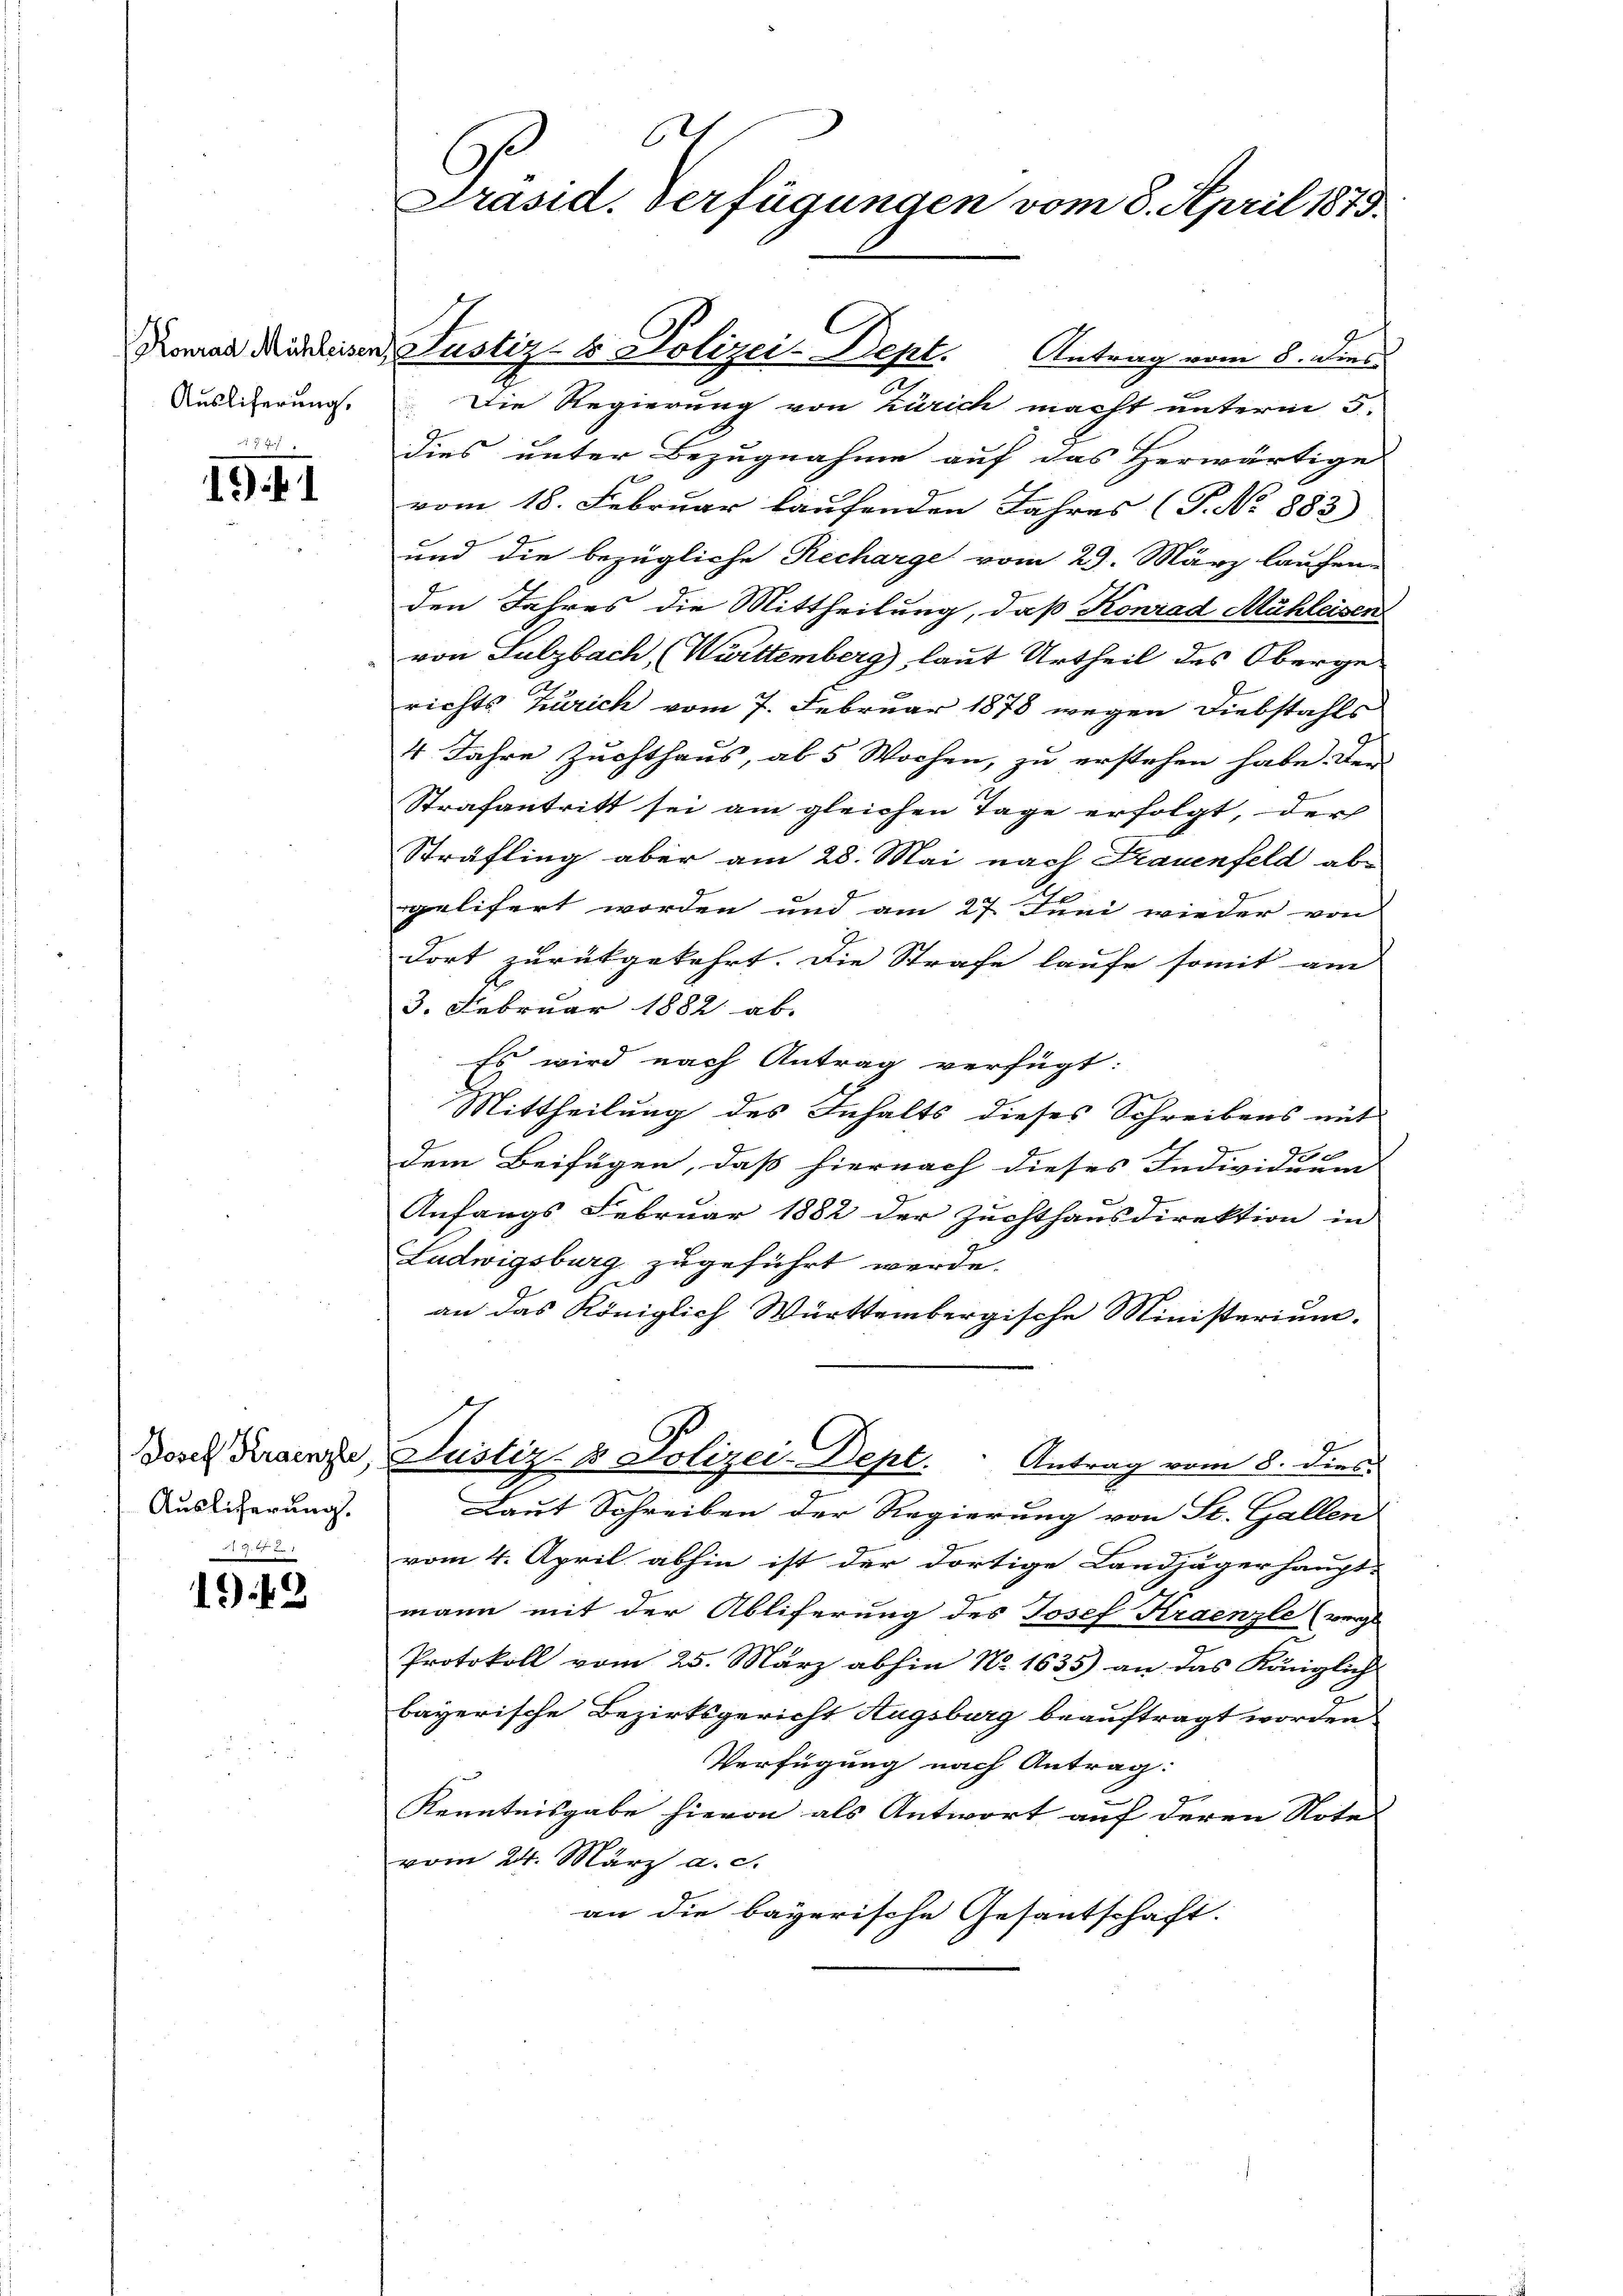
Ausliferung.

521
1)

Josef Kraenzle
Auslicherung.

A912.
1942

62
Präsid. Verfügungen vom 8. April 1879.

Antrag vom 8. Dies
Die Regierung von Zürich macht unterm 5.
dies unter Bezugnahme auf das Herwärtige
vom 18. Februar laufenden Jahres (T. No 883)
und die bezügliche Recharge vom 29. März laufen.
den Jahres die Mittheilung, daß Konrad Mühleisen
von Sulzbach, (Württemberg), laut Urtheil des Obergerichts Zürich vom 7. Februar 1878 wegen Diebstahls
4 Jahre Zuchthaus, ab 5 Wochen, zu erstehen habe. Den
Strafantritt sei am gleichen Tage erfolgt, der
Sträfling aber am 28. Mai nach Frauenfeld abpelifert worden und am 27. Juni wieder von
dort zurückgekehrt. Die Strafe laufe somit am
3. Februar 1882 ab.
Es wird nach Antrag verfügt:
Mittheilung des Inhalts dieses Schreibens mit
.
dem Beifügen, daß hiernach dieses Individuum
Anfangs Februar 1882 der Zuchthaŭsdirektion in
Ladwigsburg zugeführt werde.
u
an das Königlich Württembergische Ministerium.
Justiz- & Polizei-Dept. Antrag vom 8. dies
Laut Schreiben der Regierung von St. Gallen
vom 4. April abhin ist der dortige Landjägerhaupt-
mann mit der Abliferung des Josef Kraenzle (verge
Protokoll vom 25. März abhin No. 1635) an das Königlich
bayerische Bezirksgericht Augsburg beauftragt worden
Verfügung nach Antrag:
Kenntnisgabe hievon als Antwort auf deren Note
vom 24. März a. c.
an die bayerische Gesantschaft.

Roman Mischeiner Justiz- & Polizei-Dept.